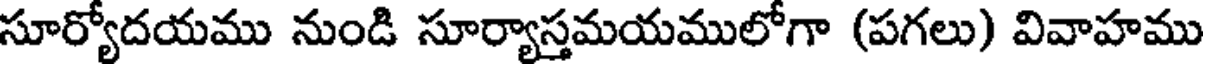
సూర్యోదయము నుండి సూర్యాస్తమయములోగా (పగలు) వివాహము